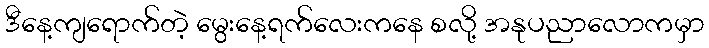
ဒီနေ့ကျရောက်တဲ့ မွေးနေ့ရက်လေးကနေ စလို့ အနုပညာလောကမှာ